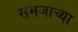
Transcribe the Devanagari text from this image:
समजाच्या